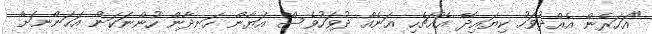
"އަހަރެން އެއްދުވަހު ކިޔައިދޭ އެއްޗެހި އަނެއް ދުވަހުވެސް އަޔާން ހަނދާން ހުންނަކަން އަހަންނަށް